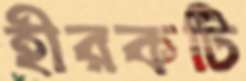
হীরকটি